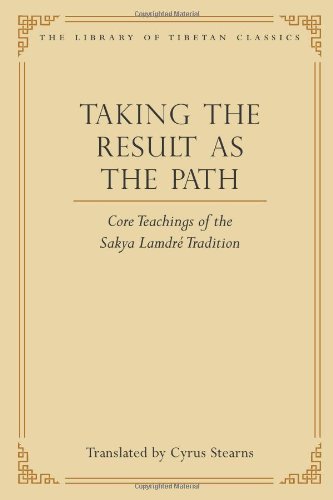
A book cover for Taking the Result as the Path: Core Teachings of the Sakya Lamdre Tradition (Library of Tibetan Classics); Religion & Spirituality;